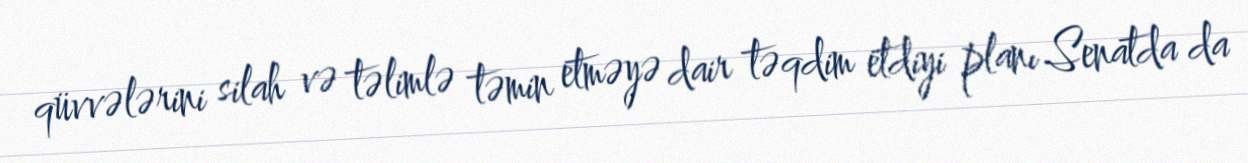
qüvvələrini silah və təlimlə təmin etməyə dair təqdim etdiyi planı Senatda da